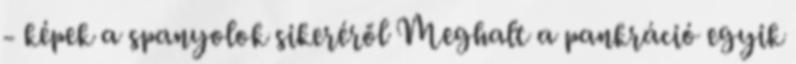
- képek a spanyolok sikeréről Meghalt a pankráció egyik